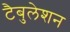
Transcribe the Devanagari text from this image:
टैबुलेशन